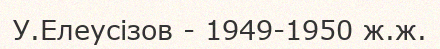
У.Елеусізов - 1949-1950 ж.ж.